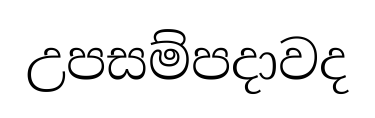
උපසම්පදාවද